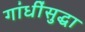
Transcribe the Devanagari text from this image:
गांधींसुद्धा